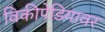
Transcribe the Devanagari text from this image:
विकीपेडियावर